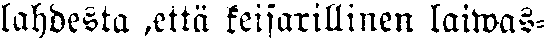
lahdesta ,että keisarillinen laiwas-